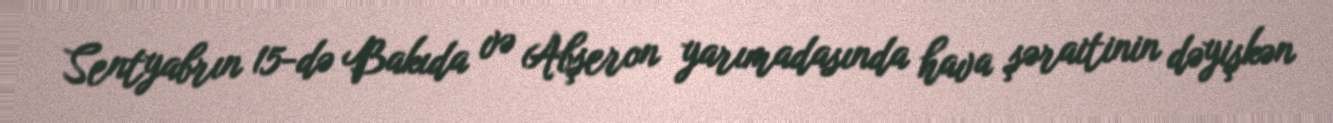
Sentyabrın 15-də Bakıda və Abşeron yarımadasında hava şəraitinin dəyişkən